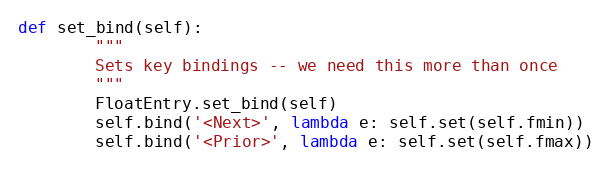
Language: Python
def set_bind(self):
        """
        Sets key bindings -- we need this more than once
        """
        FloatEntry.set_bind(self)
        self.bind('<Next>', lambda e: self.set(self.fmin))
        self.bind('<Prior>', lambda e: self.set(self.fmax))